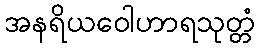
အနရိယဝေါဟာရသုတ္တံ